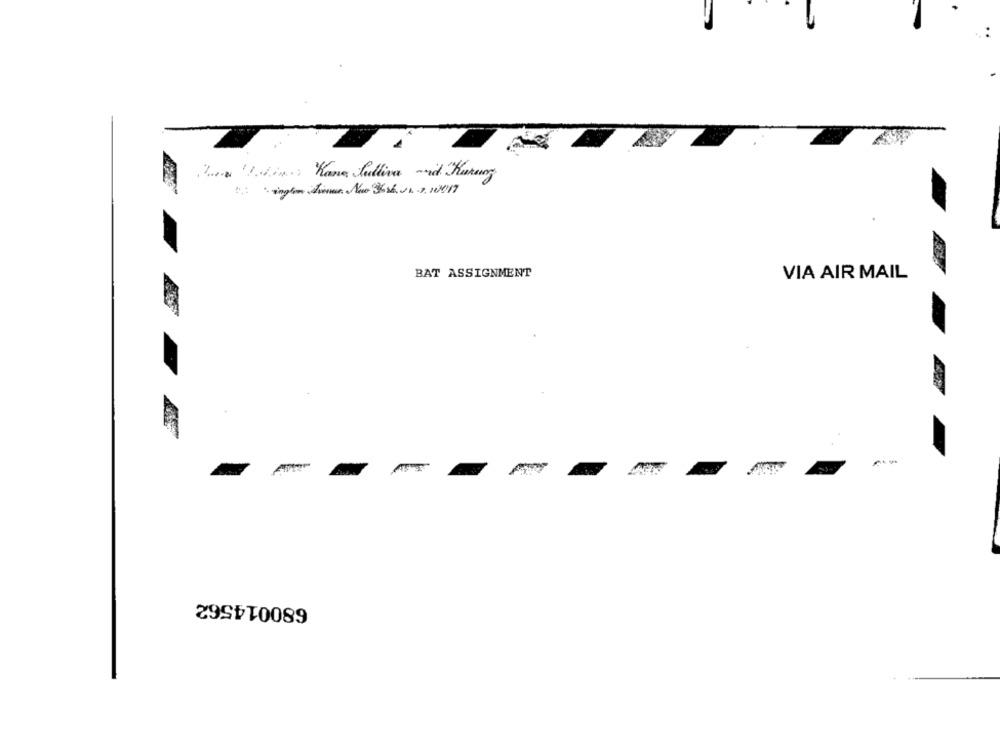
La wina Kane Sulliva -id Kurang
BAT ASSIGNMENT
VIA AIR MAIL
-
-
-
680014562